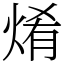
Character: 𤉶